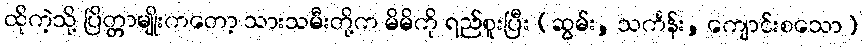
ထိုကဲ့သို့ ပြိတ္တာမျိုးကတော့ သားသမီးတို့က မိမိကို ရည်စူးပြီး (ဆွမ်း, သင်္ကန်း, ကျောင်းစသော)